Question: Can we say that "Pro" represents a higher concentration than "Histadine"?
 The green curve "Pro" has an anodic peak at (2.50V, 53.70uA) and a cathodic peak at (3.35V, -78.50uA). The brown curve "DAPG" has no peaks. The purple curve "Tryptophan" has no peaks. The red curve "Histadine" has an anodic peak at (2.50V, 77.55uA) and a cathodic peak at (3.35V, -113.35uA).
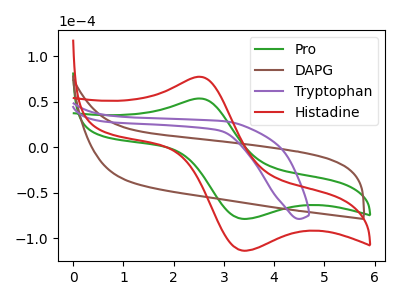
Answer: <think>All the peaks in "Pro" have a peak in "Histadine" at the same potential. Every peak in "Pro" is lower than every peak in "Histadine".
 </think>
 <answer>"Pro" has less signal than "Histadine" and so likely has a lower concentration.</answer>
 <eval>less_concentration</eval>